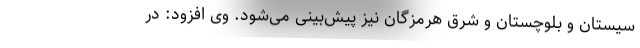
سیستان و بلوچستان و شرق هرمزگان نیز پیش‌بینی می‌شود. وی افزود: در